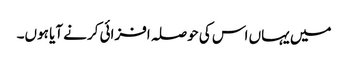
میں یہاں اس کی حوصلہ افزائی کرنے آیا ہوں۔